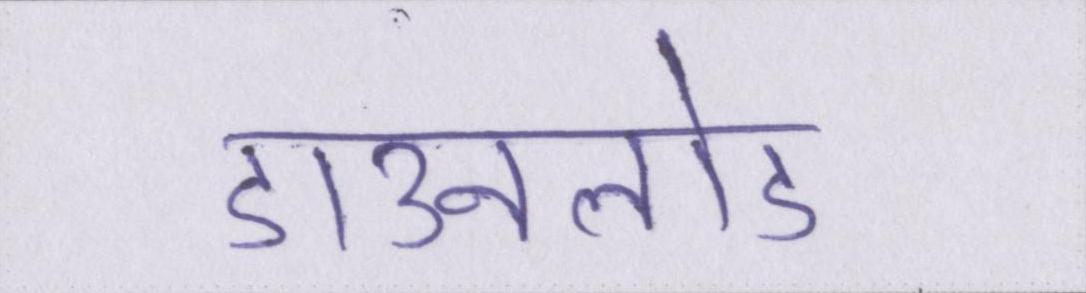
डाउनलोड